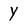
Character: Y